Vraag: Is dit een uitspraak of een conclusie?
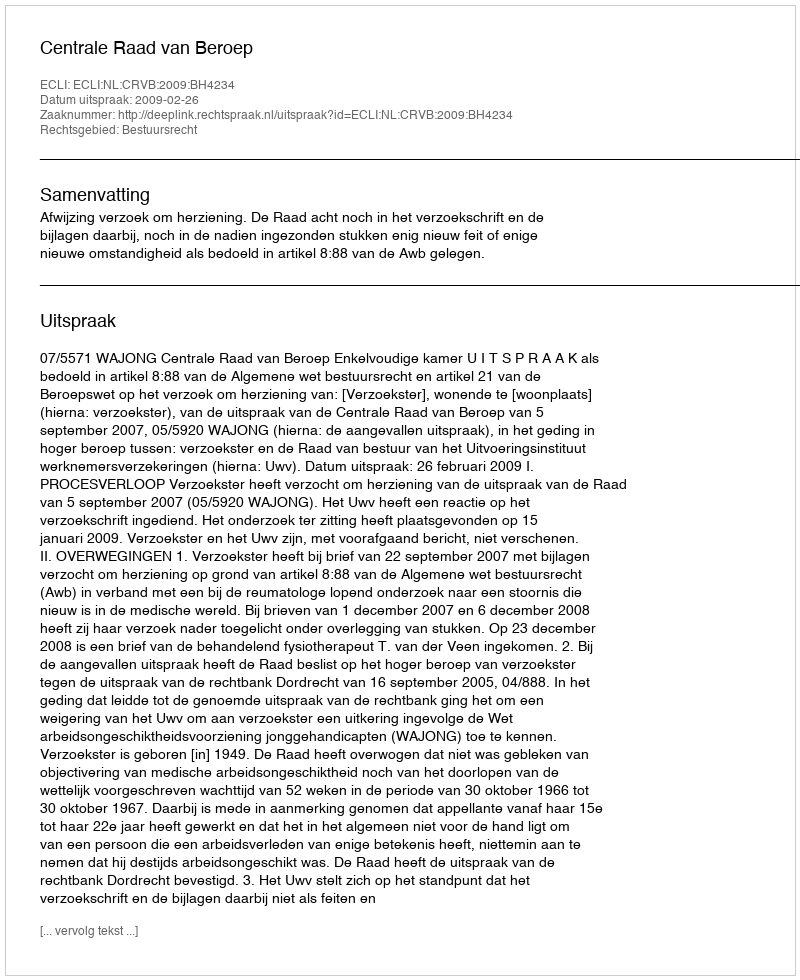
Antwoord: Uitspraak